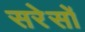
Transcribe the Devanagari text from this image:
सरेसों